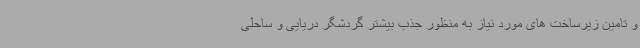
و تامین زیرساخت های مورد نیاز به منظور جذب بیشتر گردشگر دریایی و ساحلی